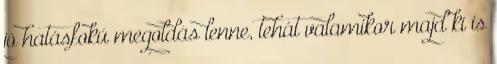
jó hatásfokú megoldás lenne, tehát valamikor majd ki is